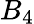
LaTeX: B_{4}